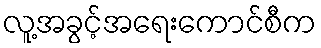
လူ့အခွင့်အရေးကောင်စီက